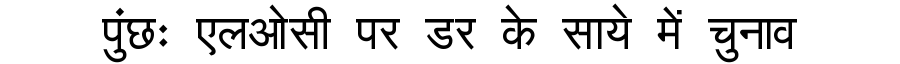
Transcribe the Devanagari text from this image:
पुंछः एलओसी पर डर के साये में चुनाव